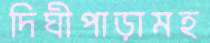
দিঘীপাড়ামহ